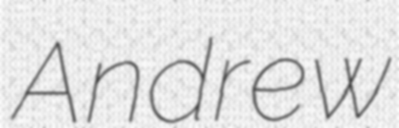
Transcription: Andrew